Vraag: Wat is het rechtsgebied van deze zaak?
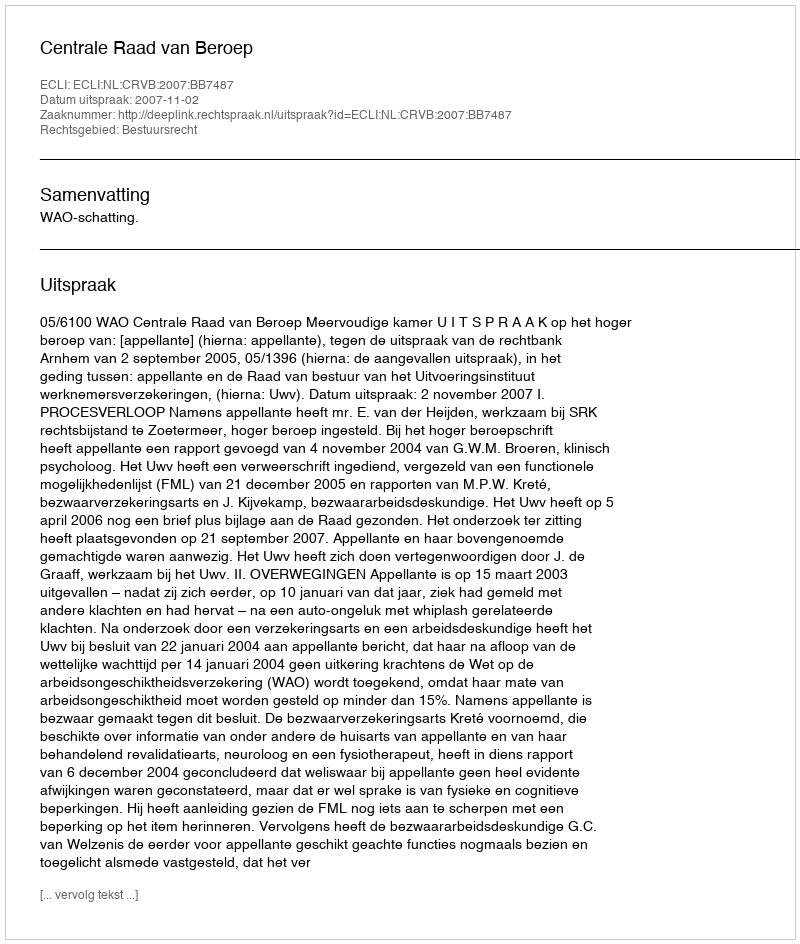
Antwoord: Bestuursrecht